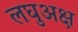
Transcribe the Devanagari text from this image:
लघुअक्ष